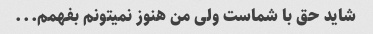
شاید حق با شماست ولی من هنوز نمیتونم بفهمم...